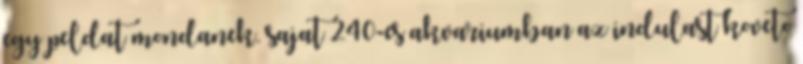
egy peldat mondanek. sajat 240-es akvariumban az indulast koveto